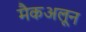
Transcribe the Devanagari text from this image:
मैकअलून